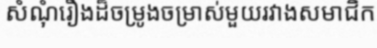
សំណុំរឿងដ៏ចម្រូងចម្រាស់មួយរវាងសមាជិក